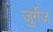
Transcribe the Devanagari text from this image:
जुर्गेज